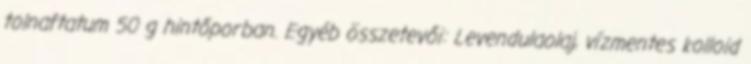
tolnaftatum 50 g hintőporban. Egyéb összetevői: Levendulaolaj, vízmentes kolloid